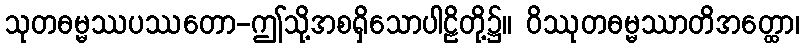
သုတဓမ္မဿပဿတော-ဤသို့အစရှိသောပါဠိတို့၌။ ဝိဿုတဓမ္မဿာတိအတ္ထော၊